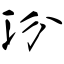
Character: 汾